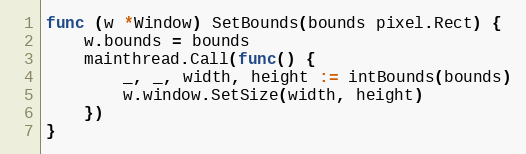
Language: Go
func (w *Window) SetBounds(bounds pixel.Rect) {
	w.bounds = bounds
	mainthread.Call(func() {
		_, _, width, height := intBounds(bounds)
		w.window.SetSize(width, height)
	})
}